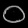
Digit: ၀